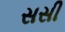
સસી